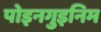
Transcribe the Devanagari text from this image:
पोइनगुइनिम